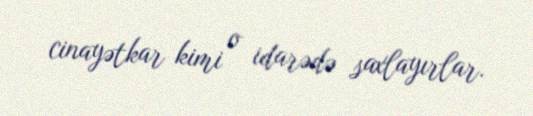
cinayətkar kimi o idarədə saxlayırlar.